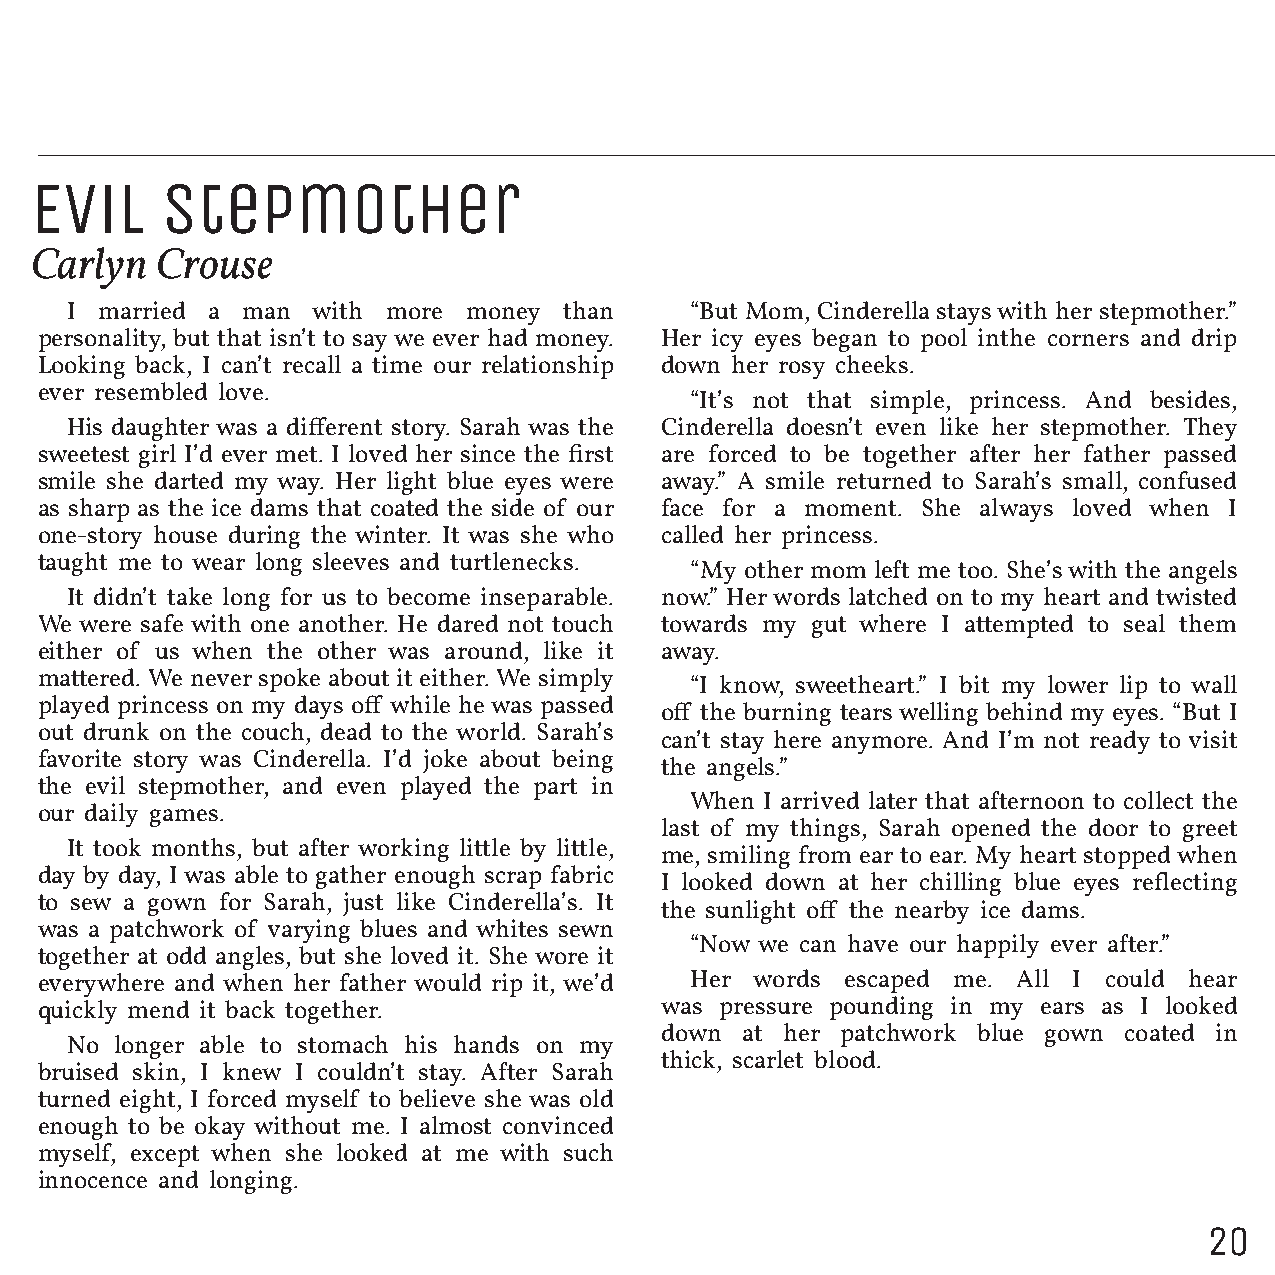
Evil     Stepmother
 Carlyn  Crouse
 I married a man  with more money than     “But Mom, Cinderella stays with her stepmother.”
 personality, but that isn’t to say we ever had money. Her icy eyes began to pool inthe corners and drip
 Looking back, I can’t recall a time our relationship down her rosy cheeks.
 ever resembled love.
 “It’s not that simple, princess. And besides,
 His daughter was a different story. Sarah was the Cinderella doesn’t even like her stepmother. They
 sweetest girl I’d ever met. I loved her since the first are forced to be together after her father passed
 smile she darted my way. Her light blue eyes were away.” A smile returned to Sarah’s small, confused
 as sharp as the ice dams that coated the side of our face for a moment. She always loved when I
 one-story house during the winter. It was she who called her princess.
 taught me to wear long sleeves and turtlenecks.
 “My other mom left me too. She’s with the angels
 It didn’t take long for us to become inseparable. now.” Her words latched on to my heart and twisted
 We were safe with one another. He dared not touch towards my gut where I attempted to seal them
 either of us when the other was around, like it away.
 mattered. We never spoke about it either. We simply
 “I know, sweetheart.” I bit my lower lip to wall
 played princess on my days off while he was passed
 off the burning tears welling behind my eyes. “But I
 out drunk on the couch, dead to the world. Sarah’s
 can’t stay here anymore. And I’m not ready to visit
 favorite story was Cinderella. I’d joke about being
 the angels.”
 the evil stepmother, and even played the part in
 When I arrived later that afternoon to collect the
 our daily games.
 last of my things, Sarah opened the door to greet
 It took months, but after working little by little,
 me, smiling from ear to ear. My heart stopped when
 day by day, I was able to gather enough scrap fabric
 I looked down at her chilling blue eyes reflecting
 to sew a gown for Sarah, just like Cinderella’s. It
 the sunlight off the nearby ice dams.
 was a patchwork of varying blues and whites sewn
 “Now we can have our happily ever after.”
 together at odd angles, but she loved it. She wore it
 everywhere and when her father would rip it, we’d Her words escaped me. All I could hear
 quickly mend it back together.            was pressure pounding in my ears as I looked
 down at her patchwork blue gown coated in
 No  longer able to stomach his hands on my
 thick, scarlet blood.
 bruised skin, I knew I couldn’t stay. After Sarah
 turned eight, I forced myself to believe she was old
 enough to be okay without me. I almost convinced
 myself, except when she looked at me with such
 innocence and longing.
 20